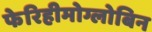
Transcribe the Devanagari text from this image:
फेरिहीमोग्लोबिन